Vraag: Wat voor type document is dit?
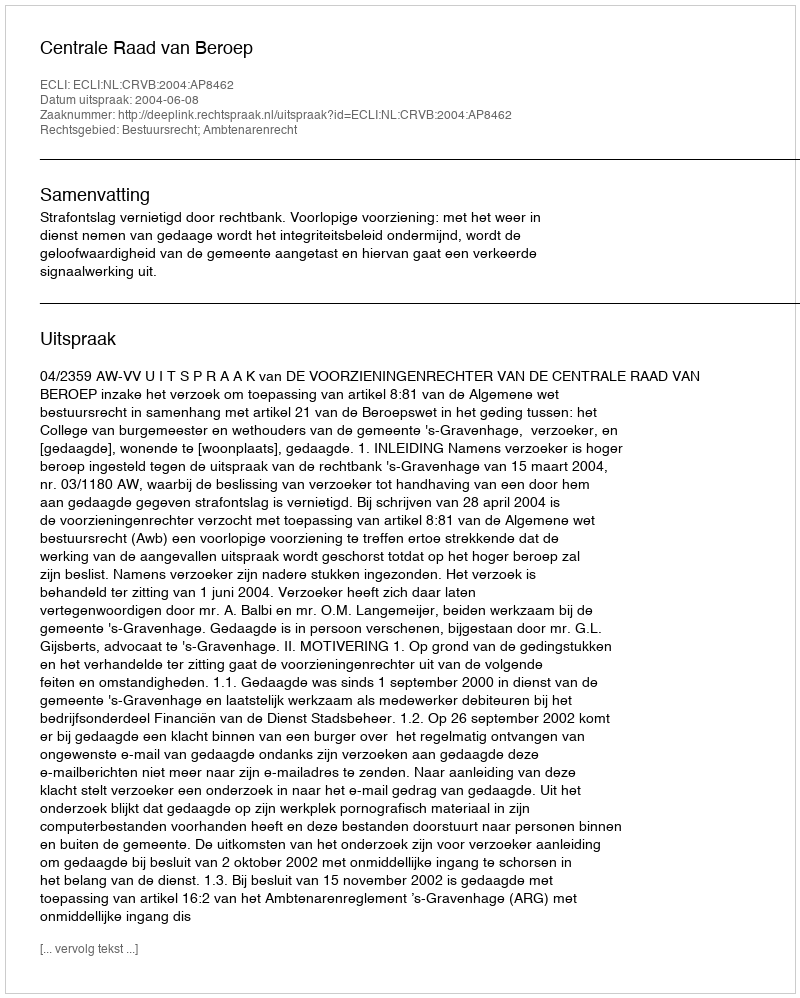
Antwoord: Uitspraak